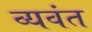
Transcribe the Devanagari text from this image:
व्यवंत